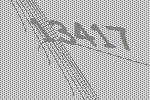
13417